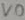
Text: VO